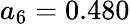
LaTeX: a_{6}=0.480